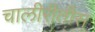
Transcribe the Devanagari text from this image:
चालीरीतीस